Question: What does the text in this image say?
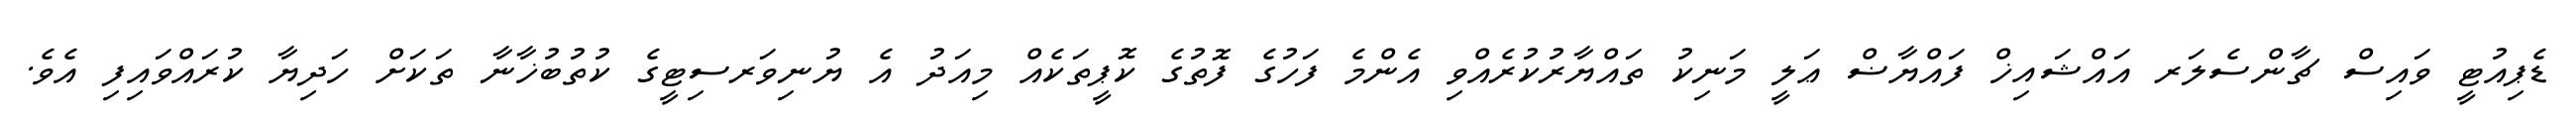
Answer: ޑެޕިއުޓީ ވައިސް ޗާންސެލަރ އައްޝައިޚް ފައްޔާޟް ޢަލީ މަނިކު ތައްޔާރުކުރެއްވި އެންމެ ފަހުގެ ފޮތުގެ ކޮޕީތަކެއް މިއަދު އެ ޔުނިވަރސިޓީގެ ކުތުބުޚާނާ ތަކަށް ހަދިޔާ ކުރައްވައިފި އެވެ.